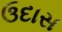
ઉદાસ